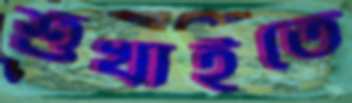
শুঁখাইতে